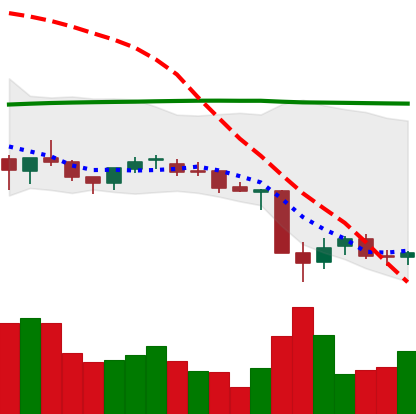
Ticker: NEO-USD
Chart end date: 2021-06-27
Forward return: 11.094%
Label: up_7plus